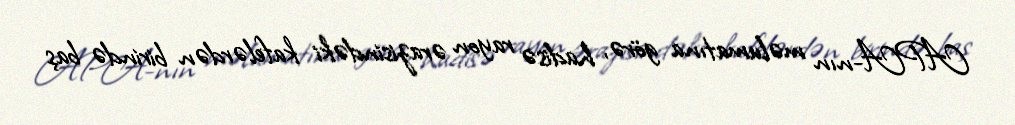
APA-nın məlumatına görə, hadisə rayon ərazisindəki kafelərdən birində baş